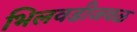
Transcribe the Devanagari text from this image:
भिलवडीजवळ